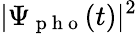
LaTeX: \vert\Psi_{\mathrm{~p~h~o~}}(t)\vert^{2}